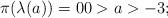
LaTeX: \begin{align*}\pi( \lambda(a_{}))=00 > a > -3;\end{align*}